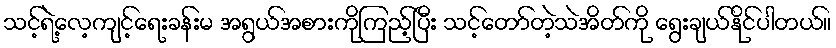
သင့်ရဲ့လေ့ကျင့်ရေးခန်းမ အရွယ်အစားကိုကြည့်ပြီး သင့်တော်တဲ့သဲအိတ်ကို ရွေးချယ်နိုင်ပါတယ်။